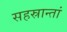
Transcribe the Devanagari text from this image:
सहस्रान्तां